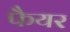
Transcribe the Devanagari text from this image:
फैयर